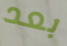
بعد